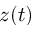
z ( t )